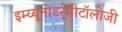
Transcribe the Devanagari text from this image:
इम्य्यूनोडर्र्मीटॉलोजी